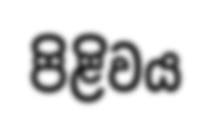
පිළිවය